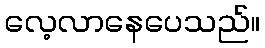
လေ့လာနေပေသည်။